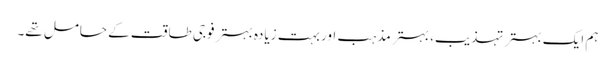
ہم ایک بہتر تہذیب، بہتر مذہب اور بہت زیادہ بہتر فوجی طاقت کے حامل تھے۔